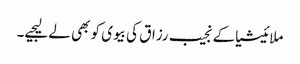
ملائیشیاکے نجیب رزاق کی بیوی کو بھی لے لیجیے۔